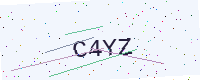
Text: C4YZ